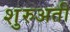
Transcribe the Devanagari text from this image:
शुरुअती